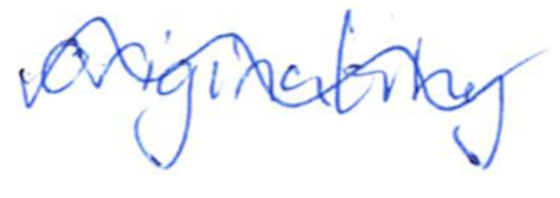
Text: originating
Cross-out: wave
Writing tool: ballpoint